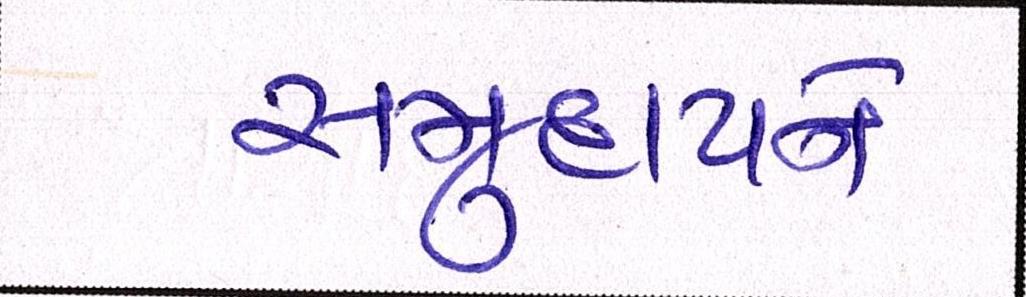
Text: સમુદાયને